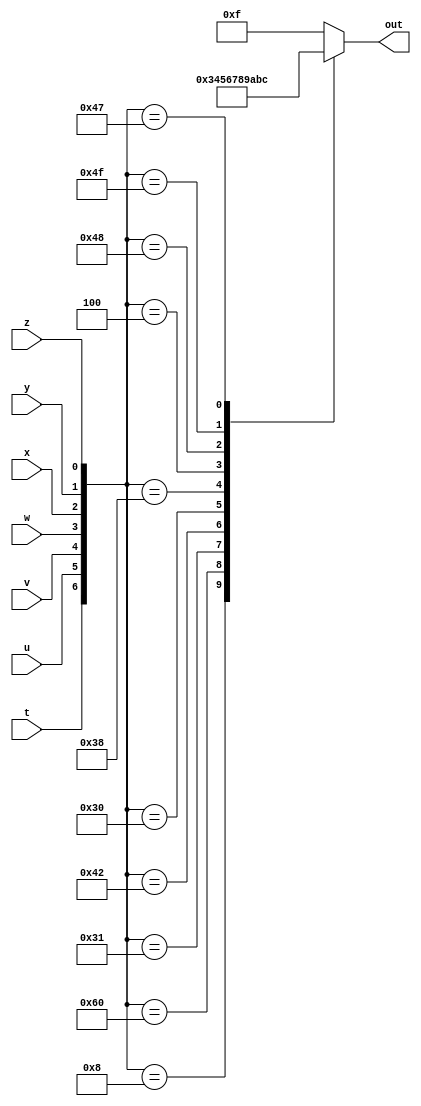
module dummy_led(t,u,v,w,x,y,z,out);

	input t,u,v,w,x,y,z;
	output reg [3:0] out;
	wire [6:0] in; 

//	parameter zero = 4'h0, one = 4'h1, two = 4'h2, three = 4'h3, four = 4'h4, five = 4'h5, six = 4'h6, seven = 4'h7, eight = 4'h8, nine = 4'h9;
	parameter A = 4'h3, B = 4'h4, C = 4'h5, D = 4'h6, E = 4'h7, F = 4'h8, G = 4'h9, H = 4'hA, I = 4'hB, J = 4'hC;
	parameter other = 4'hF;

	assign in = {t,u,v,w,x,y,z};

	always@(in)
		begin
			out = other;
			case(in)
//				7'b0000001 : out = zero;
//				7'b1001111 : out = one;
//				7'b0010010 : out = two;
//				7'b0000110 : out = three;
//				7'b1001100 : out = four;
//				7'b0100100 : out = five;
//				7'b1100000 : out = six;
//				7'b0001111 : out = seven;
//				7'b0000000 : out = eight;
//				7'b0001100 : out = nine;
				7'b0001000 : out = A;
				7'b1100000 : out = B;
				7'b0110001 : out = C;
				7'b1000010 : out = D;
				7'b0110000 : out = E;
				7'b0111000 : out = F;
				7'b0000100 : out = G;
				7'b1001000 : out = H;
				7'b1001111 : out = I;
				7'b1000111 : out = J;
				default: out = other;
			endcase
		end

endmodule